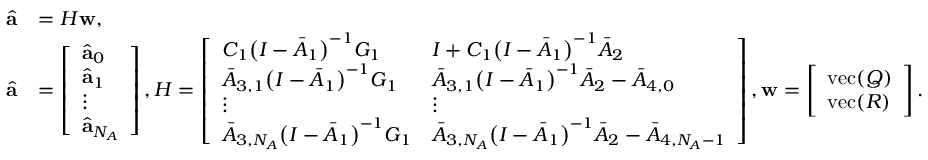
\begin{array} { r l } { \hat { \mathbf { a } } } & { = H \mathbf { w } , } \\ { \hat { \mathbf { a } } } & { = \left[ \begin{array} { l } { \hat { \mathbf { a } } _ { 0 } } \\ { \hat { \mathbf { a } } _ { 1 } } \\ { \vdots } \\ { \hat { \mathbf { a } } _ { N _ { A } } } \end{array} \right] , H = \left[ \begin{array} { l l } { C _ { 1 } \big ( I - \bar { A } _ { 1 } \big ) ^ { - 1 } G _ { 1 } } & { I + C _ { 1 } \big ( I - \bar { A } _ { 1 } \big ) ^ { - 1 } \bar { A } _ { 2 } } \\ { \bar { A } _ { 3 , 1 } \big ( I - \bar { A } _ { 1 } \big ) ^ { - 1 } G _ { 1 } } & { \bar { A } _ { 3 , 1 } \big ( I - \bar { A } _ { 1 } \big ) ^ { - 1 } \bar { A } _ { 2 } - \bar { A } _ { 4 , 0 } } \\ { \vdots } & { \vdots } \\ { \bar { A } _ { 3 , N _ { A } } \big ( I - \bar { A } _ { 1 } \big ) ^ { - 1 } G _ { 1 } } & { \bar { A } _ { 3 , N _ { A } } \big ( I - \bar { A } _ { 1 } \big ) ^ { - 1 } \bar { A } _ { 2 } - \bar { A } _ { 4 , N _ { A } - 1 } } \end{array} \right] , \mathbf { w } = \left[ \begin{array} { l } { \mathrm { v e c } ( Q ) } \\ { \mathrm { v e c } ( R ) } \end{array} \right] . } \end{array}